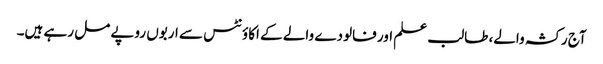
آج رکشہ والے، طالب علم اور فالودے والے کے اکاؤنٹس سے اربوں روپے مل رہے ہیں۔